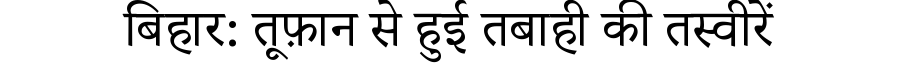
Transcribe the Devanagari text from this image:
बिहार: तूफ़ान से हुई तबाही की तस्वीरें